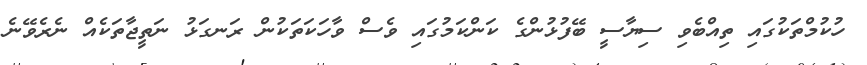
ހުކުމްތަކުގައި ތިއްބެވި ސިޔާސީ ބޭފުޅުންގެ ކަންކަމުގައި ވެސް ވާހަކަތަކުން ރަނގަޅު ނަތީޖާތަކެއް ނެރެވޭނެ